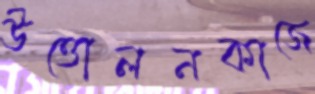
উত্তোলনকাজে